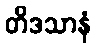
တိဒသာနံ